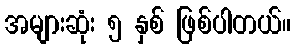
အများဆုံး ၅ နှစ် ဖြစ်ပါတယ်။